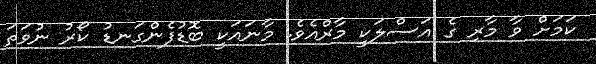
ކަމަށް ވާ މާރި ގެ އަސްލަކީ މާރްއެވެ. މާނައަކީ ބޮޑުފެންގަނޑު ކޯރު ނުވަތަ